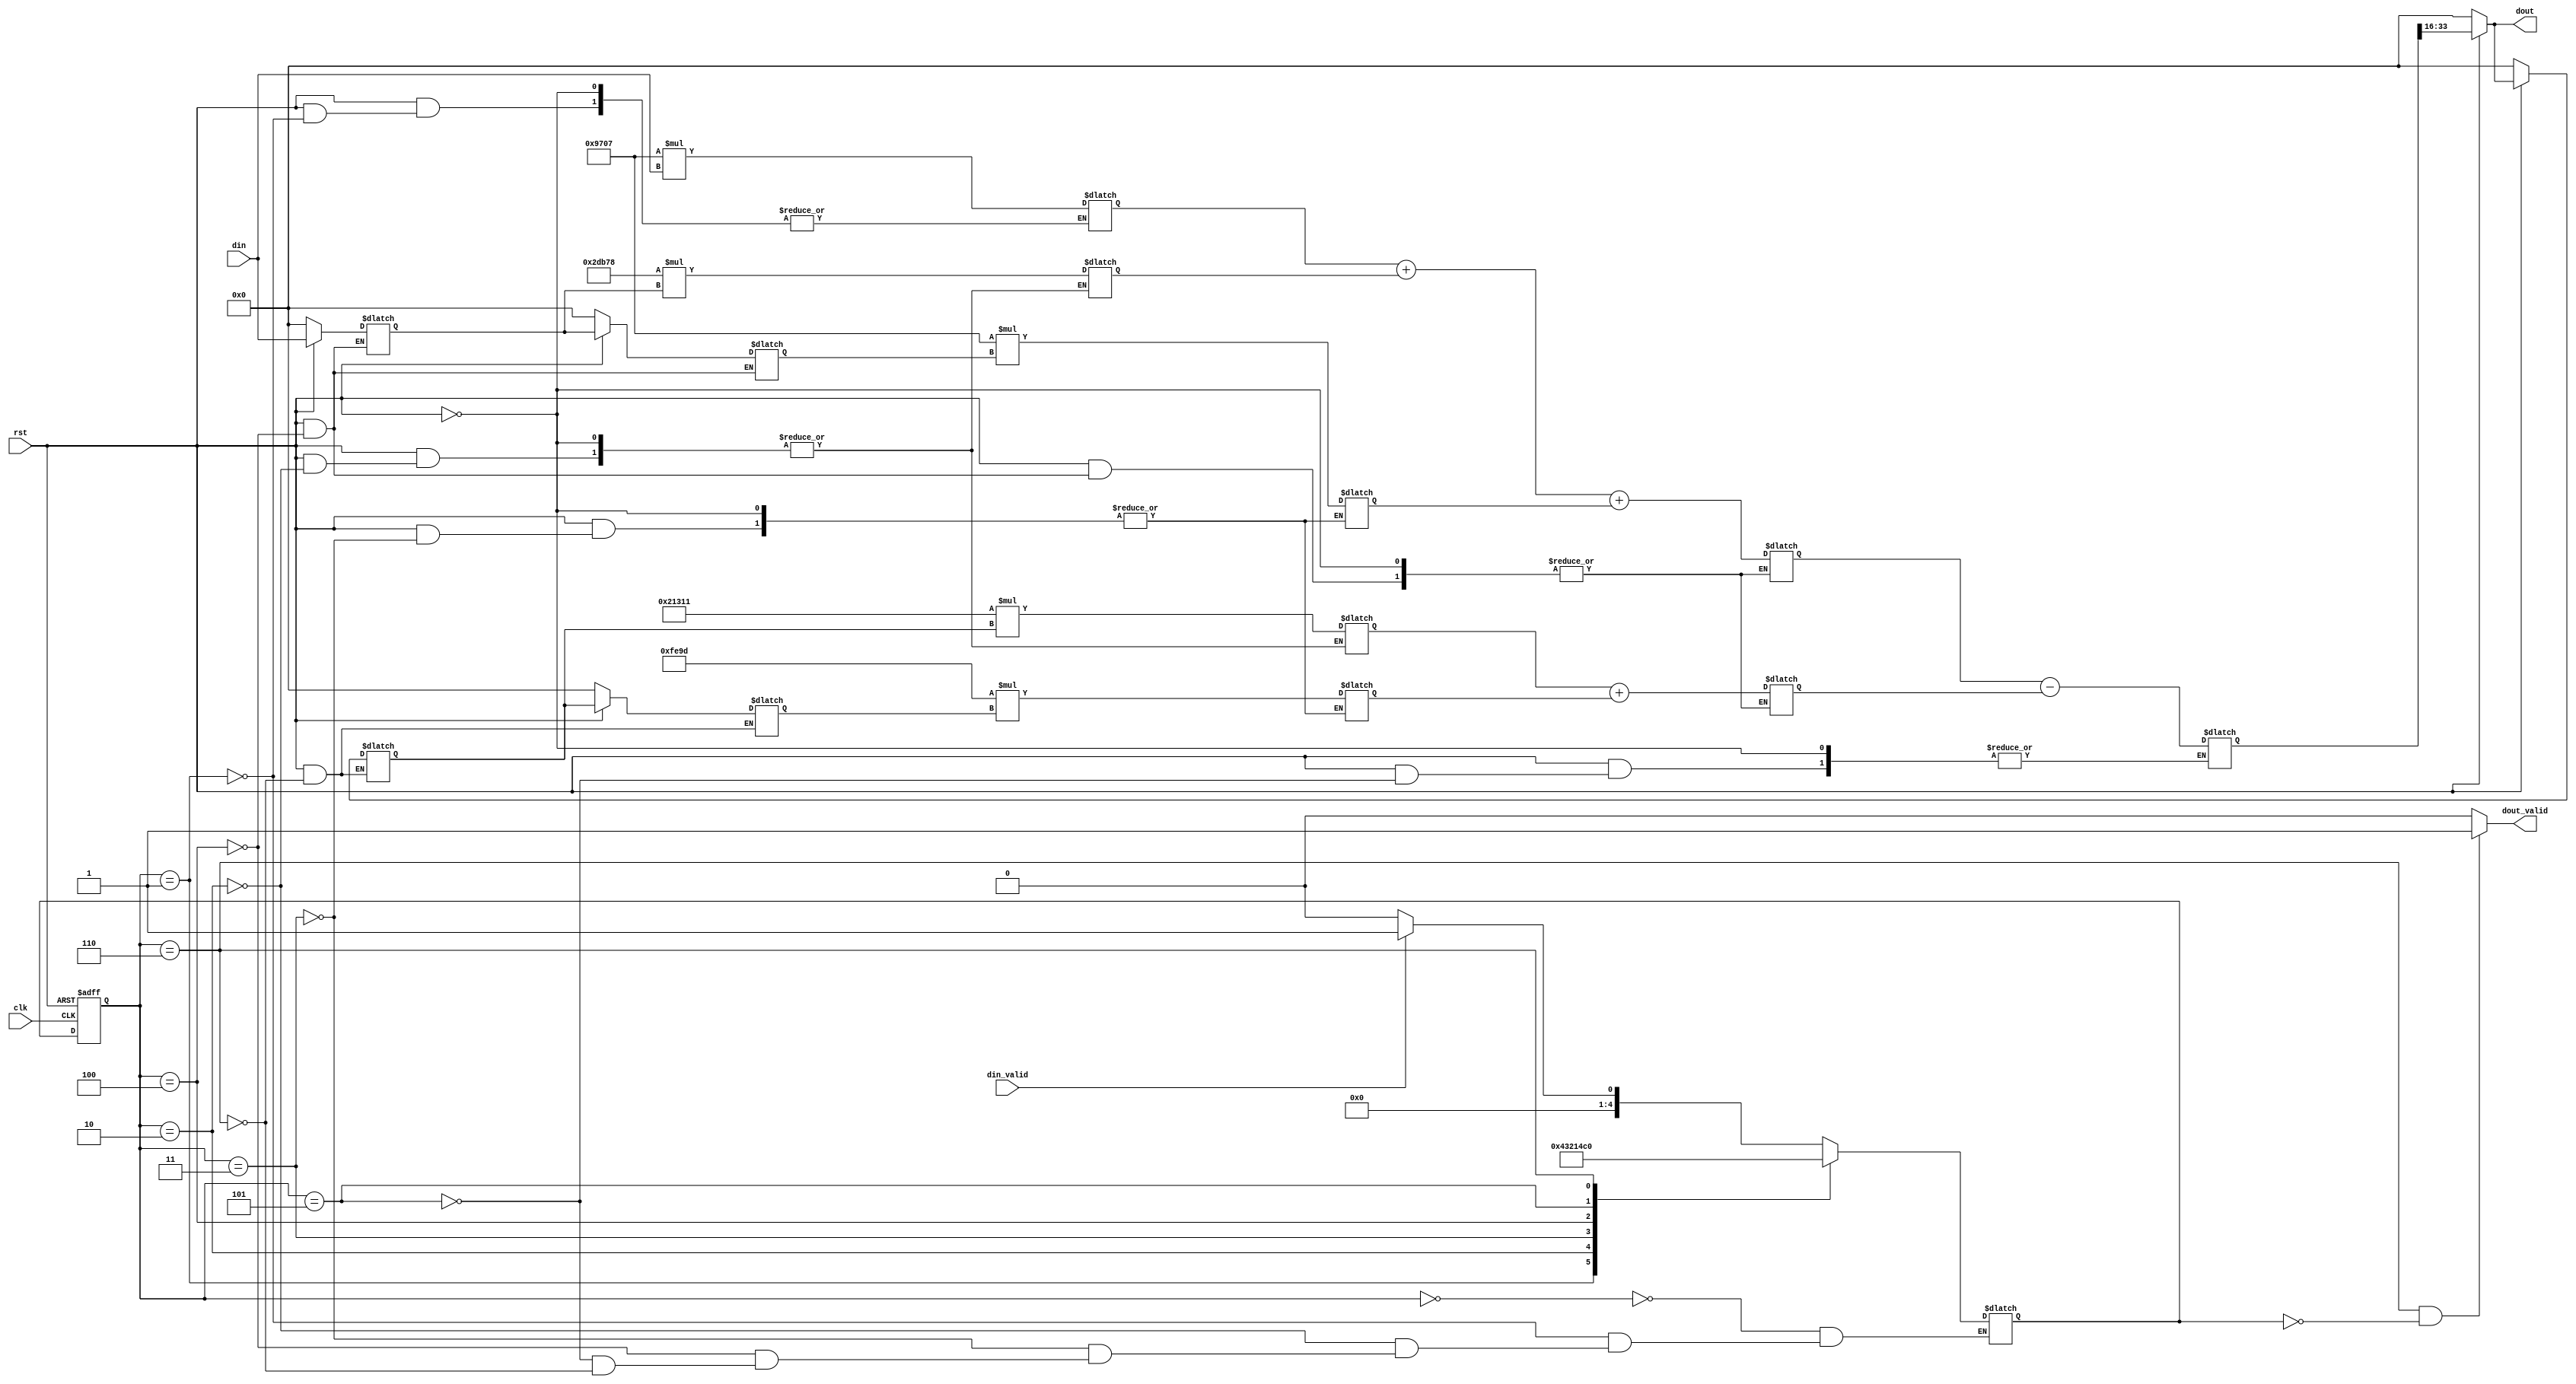
module IIR_m_2nd(
rst,
clk,
din,
dout,
din_valid,
dout_valid
);

parameter b0=38663;
parameter b1=-74888;
parameter b2=38663;
parameter a1=-126191;
parameter a2=65181;


input rst;
input clk;
input signed[17:0] din;
input din_valid;

output signed[17:0] dout;
output dout_valid;

reg[4:0] cState,nState;
reg signed[17:0] x_reg0;
reg signed[17:0] x_reg1;

reg signed[35:0] x_mul1;
reg signed[35:0] x_mul2;
reg signed[35:0] x_mul3;

wire signed[35:0] x_int_mul1;
wire signed[35:0] x_int_mul2;
wire signed[35:0] x_int_mul3;

reg signed[35:0] x_sum;
//wire signed[17:0] x_temp;

reg signed[17:0] y_reg0;
reg signed[17:0] y_reg1;

reg signed[35:0] y_mul1;
reg signed[35:0] y_mul2;

wire signed[35:0] y_int_mul1;
wire signed[35:0] y_int_mul2;

reg signed[35:0] y_sum;
//wire signed[17:0] y_temp;

reg signed[35:0] dout_sum;
wire signed[17:0] dout_temp;

always @(negedge rst,posedge clk) begin
        if(!rst) begin
                cState<=0;
        end
        else begin
                cState<=nState;                
        end
end

always @(*) begin
        case(cState)
                0:if(din_valid) begin
                        nState<=1;
                  end
                  else begin
                        nState<=0;
                  end
                1:nState<=2;
                2:nState<=3;
                3:nState<=4;
                4:nState<=5;
                5:nState<=6;
                6:nState<=0;
                default:nState<=nState;
        endcase
end

always @(*) begin
        if(rst) begin
                case(cState)
                        1:x_mul1=b0*din;
                        2:begin
                                x_mul2=b1*x_reg0;
                                y_mul1=a1*y_reg0;
                        end
                        3:begin
                                x_mul3=b2*x_reg1;
                                y_mul2=a2*y_reg1;
                        end
                        4:begin
                                x_sum=x_int_mul1+x_int_mul2+x_int_mul3;
                                y_sum=y_int_mul1+y_int_mul2;
                        end
                        5:dout_sum=x_sum-y_sum;
                        default:;
                endcase
        end
end

always @(cState) begin
        if(rst) begin
                if(cState==4) begin
                        x_reg0<=din;
                        x_reg1<=x_reg0;
                end
                else begin
                        x_reg0<=x_reg0;
                        x_reg1<=x_reg1;
                end
        end
        else begin
                x_reg0<=18'd0;
                x_reg1<=18'd0;
        end
end

always @(cState) begin
        if(rst) begin
                if(cState==6) begin
                        y_reg0<=dout;
                        y_reg1<=y_reg0;
                end 
                else begin
                        y_reg0<=y_reg0;
                        y_reg1<=y_reg1;
                end
        end
        else begin
                y_reg0<=18'd0;
                y_reg1<=18'd0;
        end
end

assign x_int_mul1=x_mul1;
assign x_int_mul2=x_mul2;
assign x_int_mul3=x_mul3;
//assign x_temp=(x_sum[19:17]==3'b000||x_sum[19:17]==3'b111)?x_sum[17:0]:(x_sum[19])?18'h20000:18'h1ffff;
//
assign y_int_mul1=y_mul1;
assign y_int_mul2=y_mul2;
//assign y_temp=(y_sum[18:17]==2'b00||y_sum[18:17]==2'b11)?y_sum[17:0]:(y_sum[18])?18'h20000:18'h1ffff;
//
//assign dout_temp=(dout_sum[18:17]==2'b00||dout_sum[18:17]==2'b11)?dout_sum[17:0]:(dout_sum[18])?18'h800:18'h7ff;
//assign dout=(!rst)?18'd0:dout_temp;
//
//assign dout_valid=(cState==6 && nState==0)?1'b1:1'b0;



assign dout_temp=dout_sum[33:16];
assign dout=(!rst)?18'd0:dout_temp;

assign dout_valid=(cState==6 && nState==0)?1'b1:1'b0;

endmodule